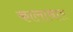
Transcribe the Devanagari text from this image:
कालाबार